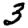
Digit: 3